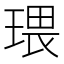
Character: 𤧖